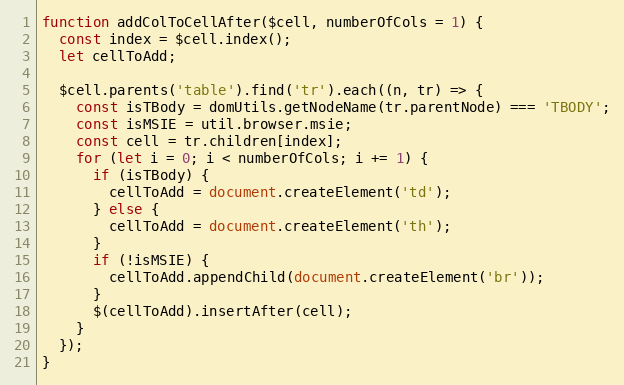
Language: JavaScript
function addColToCellAfter($cell, numberOfCols = 1) {
  const index = $cell.index();
  let cellToAdd;

  $cell.parents('table').find('tr').each((n, tr) => {
    const isTBody = domUtils.getNodeName(tr.parentNode) === 'TBODY';
    const isMSIE = util.browser.msie;
    const cell = tr.children[index];
    for (let i = 0; i < numberOfCols; i += 1) {
      if (isTBody) {
        cellToAdd = document.createElement('td');
      } else {
        cellToAdd = document.createElement('th');
      }
      if (!isMSIE) {
        cellToAdd.appendChild(document.createElement('br'));
      }
      $(cellToAdd).insertAfter(cell);
    }
  });
}